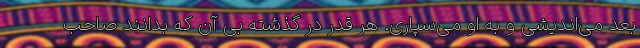
بعد می‌اندیشی و به او می‌سپاری. هر قدر در گذشته بی آن که بدانند صاحب